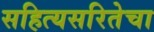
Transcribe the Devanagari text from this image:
सहित्यसरितेचा